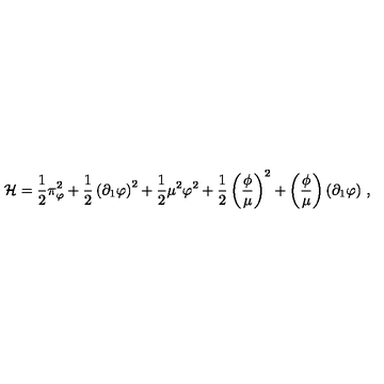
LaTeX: { \cal H } = \frac { 1 } { 2 } \pi _ { \varphi } ^ { 2 } + \frac { 1 } { 2 } \left( \partial _ { 1 } \varphi \right) ^ { 2 } + \frac { 1 } { 2 } \mu ^ { 2 } \varphi ^ { 2 } + \frac { 1 } { 2 } \left( \frac { \phi } { \mu } \right) ^ { 2 } + \left( \frac { \phi } { \mu } \right) ( \partial _ { 1 } \varphi ) \ ,